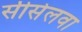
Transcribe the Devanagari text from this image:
सीसेलवा